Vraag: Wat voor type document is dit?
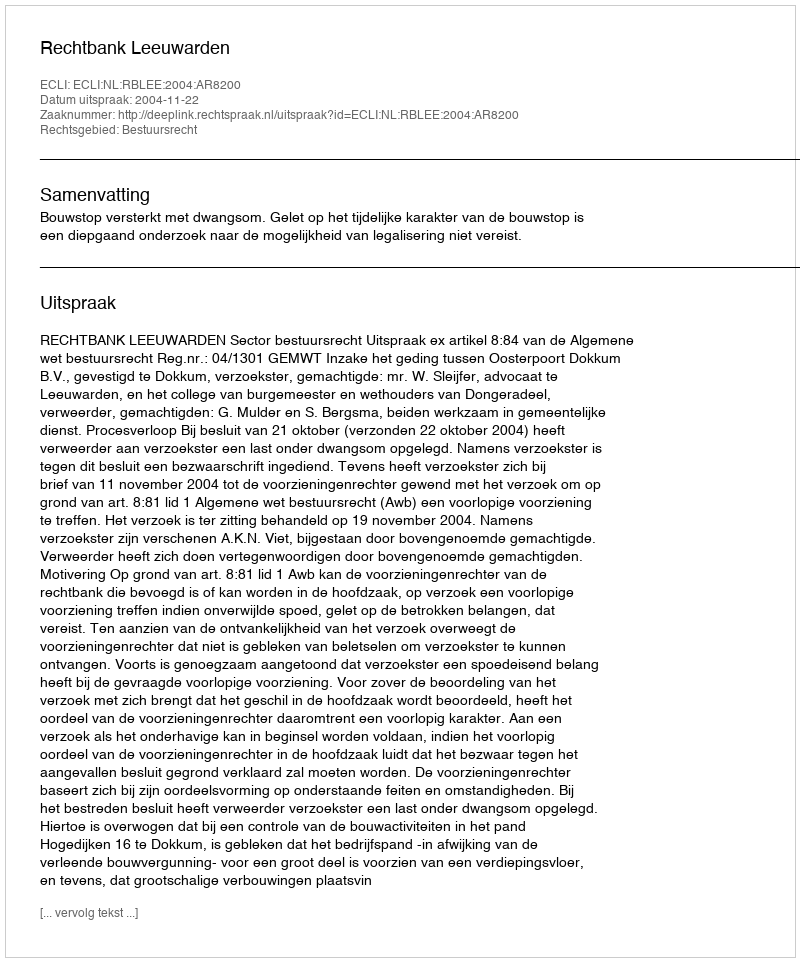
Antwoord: Uitspraak